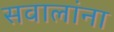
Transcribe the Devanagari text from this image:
सवालांना